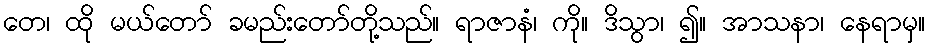
တေ၊ ထို မယ်တော် ခမည်းတော်တို့သည်။ ရာဇာနံ၊ ကို။ ဒိသွာ၊ ၍။ အာသနာ၊ နေရာမှ။